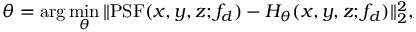
\theta = \arg \operatorname* { m i n } _ { \theta } \| \mathrm { P S F } ( x , y , z ; f _ { d } ) - H _ { \theta } ( x , y , z ; f _ { d } ) \| _ { 2 } ^ { 2 } ,